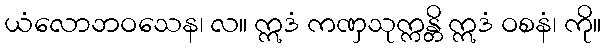
ယံလောဘဝသေန၊ လ။ ဣဒံ ကဏှသုက္ကန္တိ ဣဒံ ဝစနံ၊ ကို။